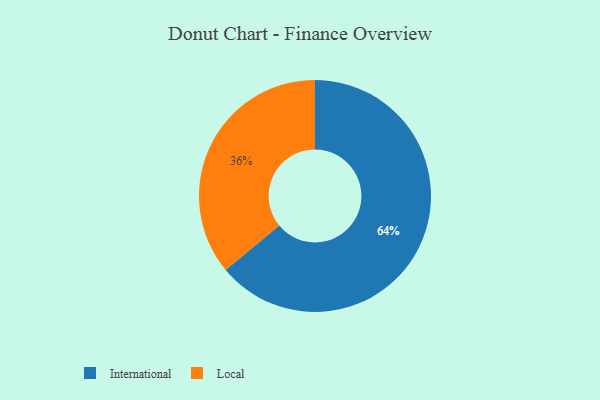
{"axis": {"x": "Category", "y": "Percentage"}, "legend": ["International", "Local"], "data": [{"x": "Local", "y": 36, "type": "Local"}, {"x": "International", "y": 64, "type": "International"}]}